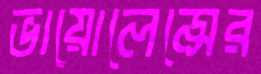
ভায়োলেন্সের